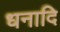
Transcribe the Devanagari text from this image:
धनादि